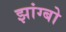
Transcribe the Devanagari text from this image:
झांग्बो